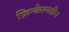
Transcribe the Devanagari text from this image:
फ़िन्केल्स्तीन